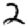
Digit: 2